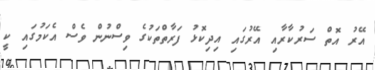
އޭރު އޮތް ސަރުކާރާއި އޭރުގައި އިދިކޮޅު ފަރާތްތަކުގެ ވިސްނުން ވެސް އެކަމުގައި ކީ